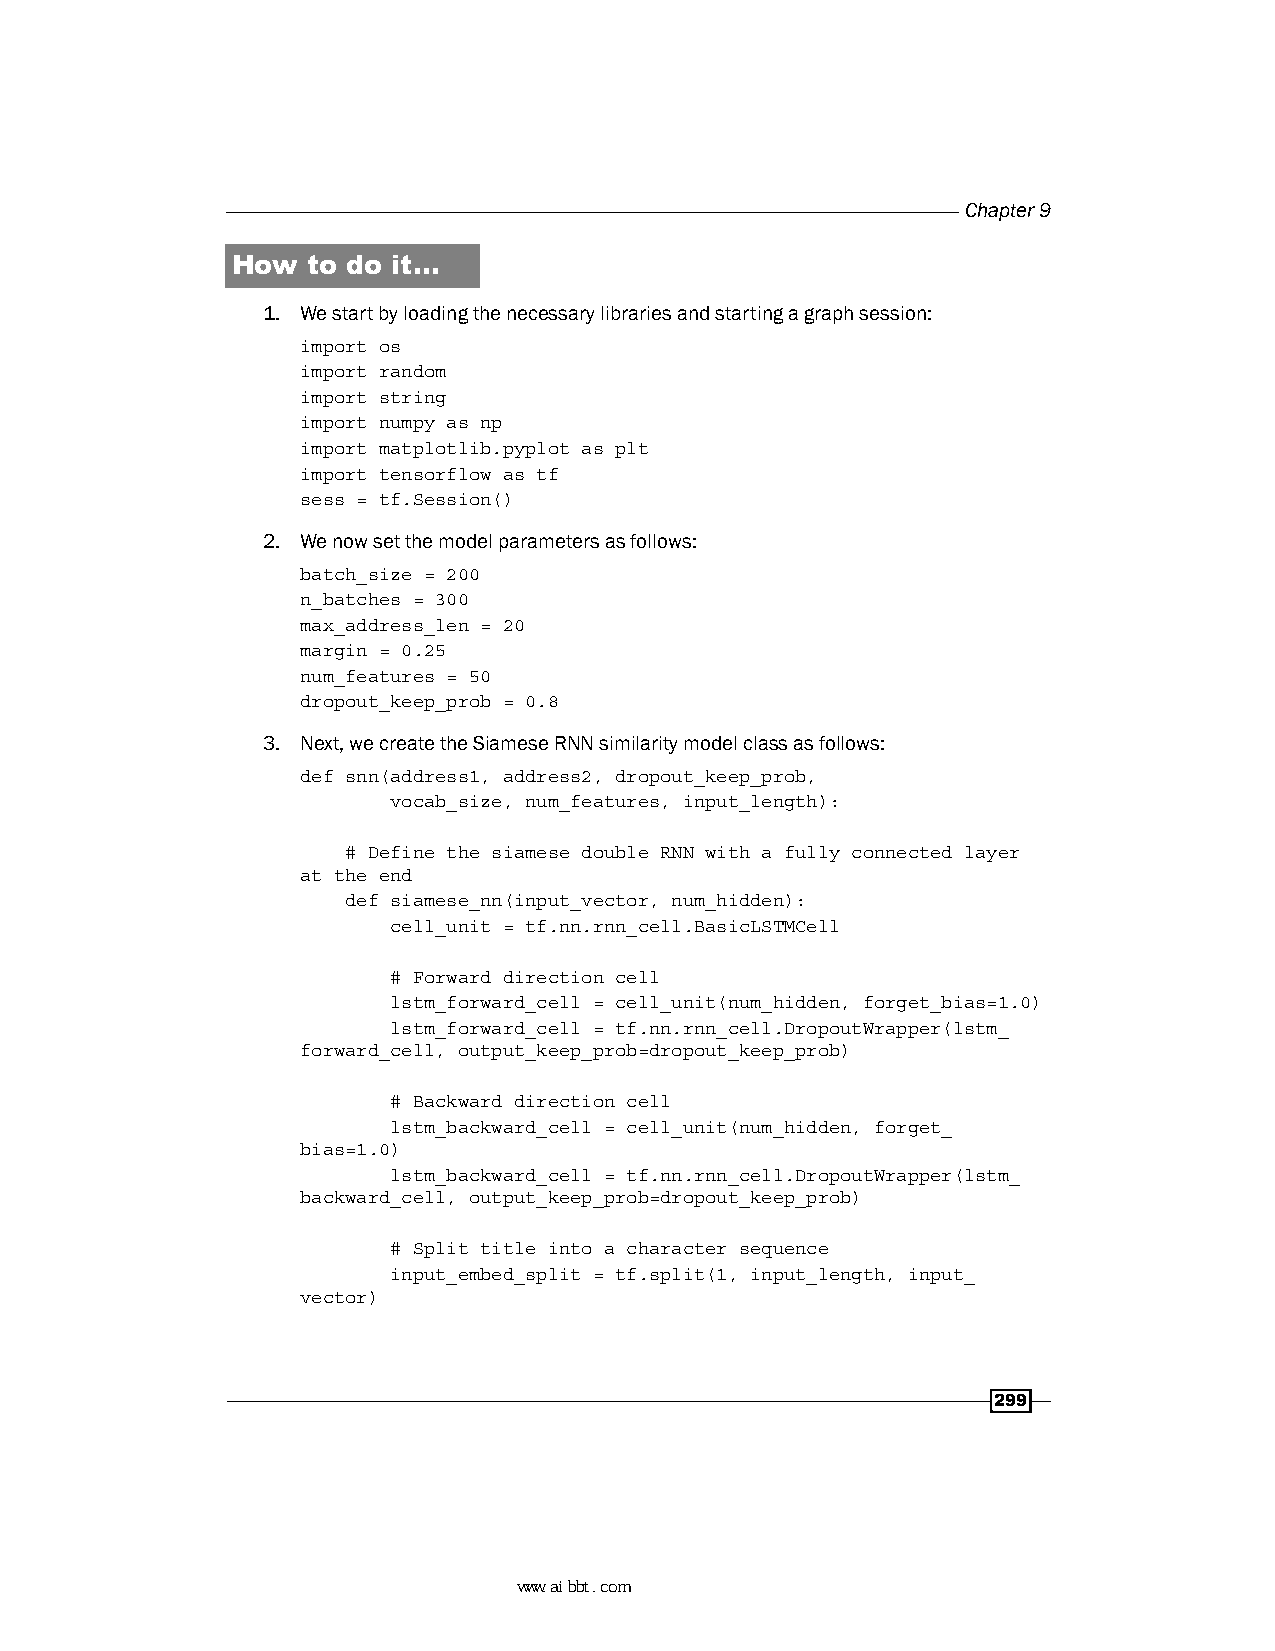
Chapter 9
 How  to do it…
 1. We start by loading the necessary libraries and starting a graph session:
 import os
 import random
 import string
 import numpy as np
 import matplotlib.pyplot as plt
 import tensorflow as tf
 sess = tf.Session()
 2. We now set the model parameters as follows:
 batch_size = 200
 n_batches = 300
 max_address_len = 20
 margin = 0.25
 num_features = 50
 dropout_keep_prob = 0.8
 3. Next, we create the Siamese RNN similarity model class as follows:
 def snn(address1, address2, dropout_keep_prob,
 vocab_size, num_features, input_length):
 # Define the siamese double RNN with a fully connected layer
 at the end
 def siamese_nn(input_vector, num_hidden):
 cell_unit = tf.nn.rnn_cell.BasicLSTMCell
 # Forward direction cell
 lstm_forward_cell = cell_unit(num_hidden, forget_bias=1.0)
 lstm_forward_cell = tf.nn.rnn_cell.DropoutWrapper(lstm_
 forward_cell, output_keep_prob=dropout_keep_prob)
 # Backward direction cell
 lstm_backward_cell = cell_unit(num_hidden, forget_
 bias=1.0)
 lstm_backward_cell = tf.nn.rnn_cell.DropoutWrapper(lstm_
 backward_cell, output_keep_prob=dropout_keep_prob)
 # Split title into a character sequence
 input_embed_split = tf.split(1, input_length, input_
 vector)
 299
 www.aibbt.com 让未来触手可及